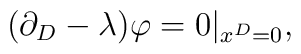
(\partial_{D}-\lambda)\varphi=0|_{x^{D}=0},